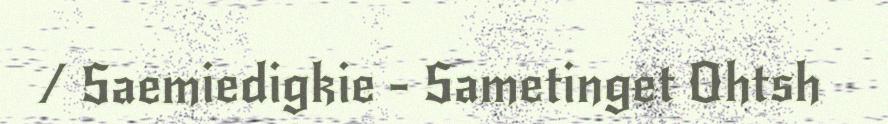
/ Saemiedigkie - Sametinget Ohtsh